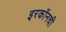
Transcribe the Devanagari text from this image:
इरकॉनची